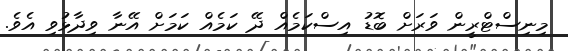
މިނިސްޓްރީން ވަރަށް ބޮޑު އިސްކަމެއް ދޭ ކަމެއް ކަމަށް އޭނާ ވިދާޅުވި އެވެ.